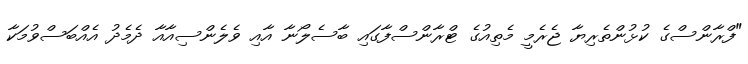
"ފްރާންސްގެ ކުޅުންތެރިޔާ ޖެރެމީ މެތިއުގެ ޓްރާންސްފާގައި ބާސެލޯނާ އާއި ވެލެންސިއާއާ ދެމެދު އެއްބަސްވުމަކާ